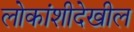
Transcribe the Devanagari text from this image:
लोकांशीदेखील